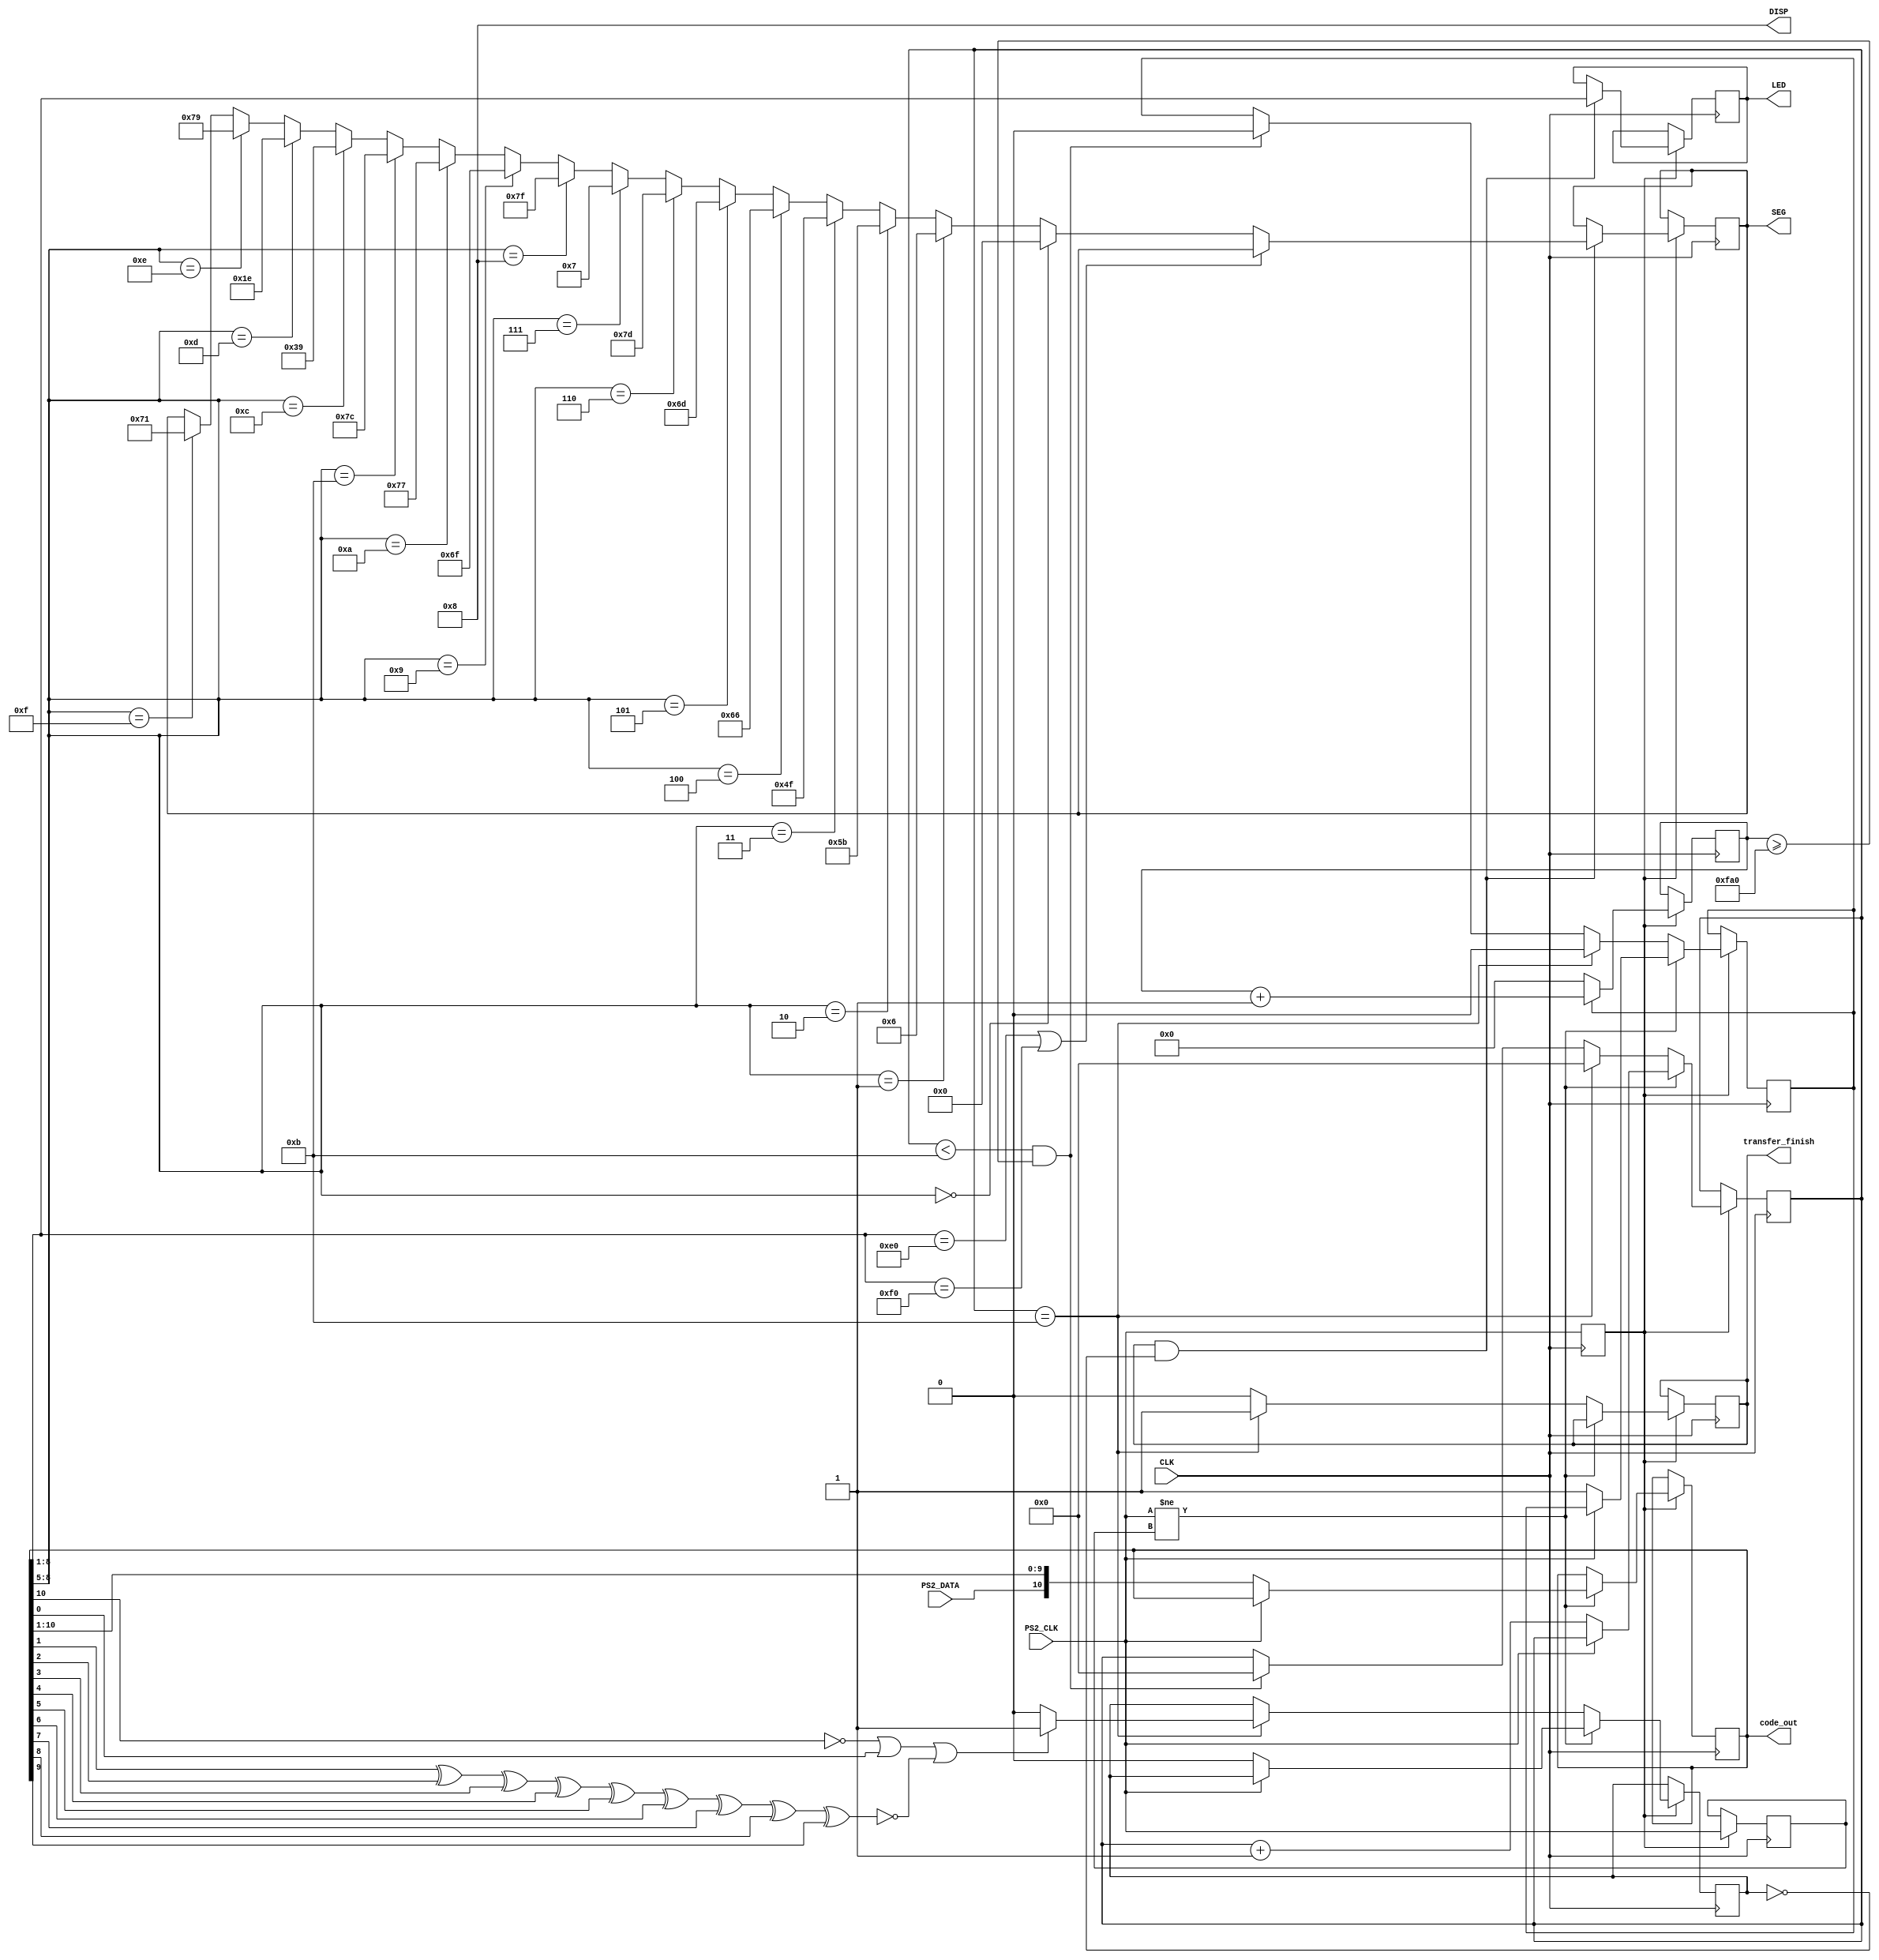
`timescale 1ns / 1ps
module Keyboard(
   input CLK,	// fpga clock
   input PS2_CLK,	// billentyzet clock
   input PS2_DATA, //bejv adat
   output reg [3:0] DISP,
   output reg [6:0] SEG,	
   output reg [7:0] LED, // debug-ra kell
   output transfer_finish,
   output [10:0] code_out
   );
   
   
   // Fontosabb gombok
	wire [7:0] FIRST = 8'h16; //#1 gomb
	//Ezekbl az egyik kd jn ha bootol a billentyzet, nagy problma nincs belle
	wire [7:0] ERROR =8'hFC; //ha hiba van -> itt resetelni kell
	wire [7:0] OKAY  =8'hAA; // minden oks 
	wire [7:0] EXTENDED = 8'hE0;	
	wire [7:0] RELEASED = 8'hF0;
   
	reg waiting;				// 1-ha mg vrja az adatokat
	reg [11:0] count_reading;   // szmolja mennyi id telt el
	reg last_state;			    //clock state trol
	reg errors;				    // hiba flag
	reg [10:0] code;			// bejv adat
	reg packet_recieved;		 // ha megjtt a 11 bit ->1
	reg [3:0]counter;		     // eddig megkapott bitek szma
	reg TRIGGER = 0;			// lassabb rajel
	reg [7:0]down_cntr = 0;		
	initial begin
		last_state = 1;		
		errors = 0;		
		code = 0;
		counter = 0;			
		SEG = 0;
		LED =0;
		waiting = 0;
		count_reading = 0;
		DISP =4'b1000;
	end

     // rajel leoszts
     always@(posedge CLK)
     TRIGGER<=PS2_CLK;
     
	// szmolja a bejv biteket
	always @(posedge CLK) begin	
		if (TRIGGER) begin
			if (waiting)				
				count_reading <= count_reading + 1;	
			else 						
				count_reading <= 0;			
		end
	end


	always @(posedge CLK) begin	
	// ha a bellitott rajel 
	if (TRIGGER) begin
	    //ha a billentyzet clockja megvltozott						
		if (PS2_CLK != last_state) begin			
			if (!PS2_CLK) begin				
				waiting <= 1;				
				errors <= 0;				
				code[10:0] <= {PS2_DATA, code[10:1]};	// j adat shiftelse
				counter <= counter + 1;		
			end
		end
		//ha megjtt a 11 bit
		else if (counter == 11) begin				
			counter <= 0;
			waiting <= 0;					
			packet_recieved <= 1;					
			//parity bitnek az ellenrzse
			if (!code[10] || code[0] || !(code[1]^code[2]^code[3]^code[4]
				^code[5]^code[6]^code[7]^code[8]
				^code[9]))
				errors <= 1;
			else 
				errors <= 0;
		end	
		// ha mg nem jtt meg a 11 bit
		else  begin						
			packet_recieved <= 0;			
			if (counter < 11 && count_reading >= 4000) begin	
				counter <= 0;				
				waiting <= 0;				
			end
		end
	//clock state mentse
	last_state <= PS2_CLK;					
	end
	end
	
		assign transfer_finish=packet_recieved;
		assign code_out=code;
	
	always @(posedge CLK) begin
if (TRIGGER) begin
  if (packet_recieved && errors==0) begin
    	LED <= code[8:1];
	    if(code[8:1] == EXTENDED|| code[8:1] == RELEASED)  SEG <= SEG;
	    else
	    begin
		if(code[8:5] == 4'h0)   SEG <= 0;
		else if(code[8:5] == 4'h1)  SEG <= 7'b0000110; //7'b1111001
		else if(code[8:5]  == 4'h2) SEG <=7'b1011011;  //7'b0100100
        else if(code[8:5]  == 4'h3) SEG <=7'b1001111;  //7'b0110000
        else if(code[8:5] == 4'h4) SEG <= 7'b1100110;  //7'b0011001;
        else if (code[8:5] == 4'h5) SEG <= 7'b1101101; //7'b0010010;
        else if (code[8:5] == 4'h6) SEG <= 7'b1111101;
        else if (code[8:5]== 4'h7) SEG <= 7'b0000111;
        else if (code[8:5]  == 4'h8) SEG <= 7'b1111111; 
        else if (code[8:5] == 4'h9) SEG <= 7'b1101111;
        else if (code[8:5] == 4'hA) SEG <= 7'b1110111;
        else if (code[8:5] == 4'hB) SEG <=7'b1111100;
        else if (code[8:5] == 4'hC) SEG <=7'b0111001; 
        else if (code[8:5] == 4'hD) SEG <=7'b011110;
        else if (code[8:5]  == 4'hE) SEG <=7'b1111001;
        else if (code[8:5] == 4'hF) SEG <=7'b1110001;
        end

 end
 end
	end

endmodule